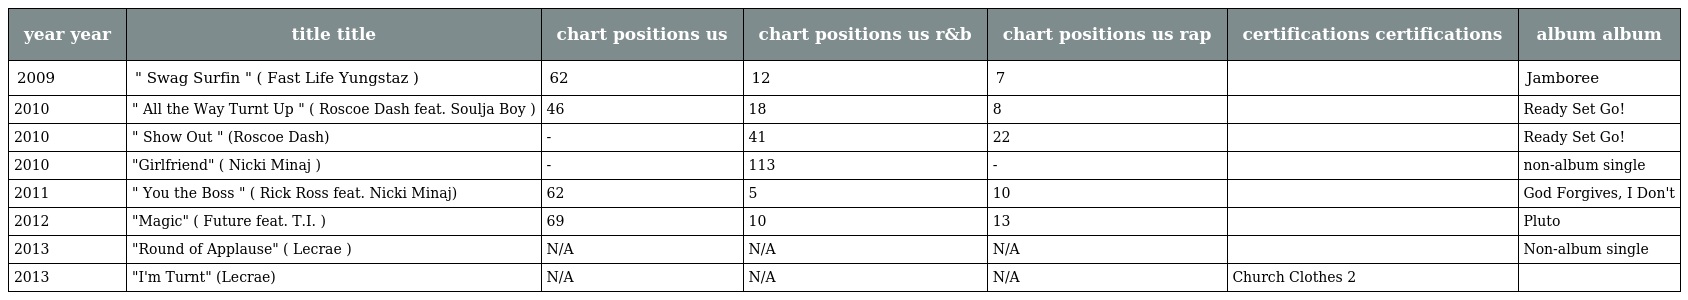
| year year | title title | chart positions us | chart positions us r&b | chart positions us rap | certifications certifications | album album |
 | --- | --- | --- | --- | --- | --- | --- |
 | 2009 | " Swag Surfin " ( Fast Life Yungstaz ) | 62 | 12 | 7 |  | Jamboree |
 | 2010 | " All the Way Turnt Up " ( Roscoe Dash feat. Soulja Boy ) | 46 | 18 | 8 |  | Ready Set Go! |
 | 2010 | " Show Out " (Roscoe Dash) | - | 41 | 22 |  | Ready Set Go! |
 | 2010 | "Girlfriend" ( Nicki Minaj ) | - | 113 | - |  | non-album single |
 | 2011 | " You the Boss " ( Rick Ross feat. Nicki Minaj) | 62 | 5 | 10 |  | God Forgives, I Don't |
 | 2012 | "Magic" ( Future feat. T.I. ) | 69 | 10 | 13 |  | Pluto |
 | 2013 | "Round of Applause" ( Lecrae ) | N/A | N/A | N/A |  | Non-album single |
 | 2013 | "I'm Turnt" (Lecrae) | N/A | N/A | N/A | Church Clothes 2 |  |